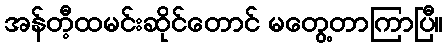
အန်တီ့ထမင်းဆိုင်တောင် မတွေ့တာကြာပြီ။